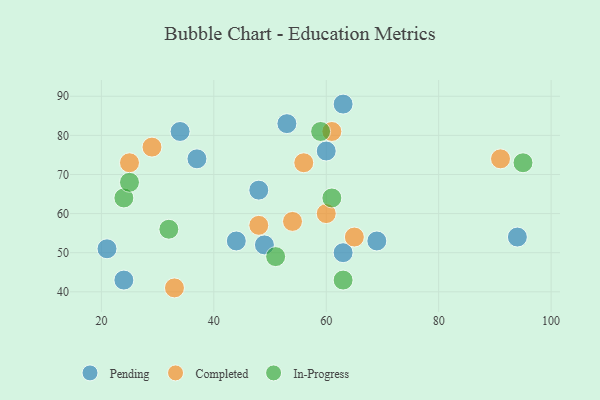
{"axis": {"x": "GDP", "y": "Life Expectancy"}, "legend": ["Completed", "In-Progress", "Pending"], "data": [{"x": "44", "y": 53, "type": "Pending"}, {"x": "53", "y": 83, "type": "Pending"}, {"x": "34", "y": 81, "type": "Pending"}, {"x": "48", "y": 66, "type": "Pending"}, {"x": "94", "y": 54, "type": "Pending"}, {"x": "63", "y": 50, "type": "Pending"}, {"x": "49", "y": 52, "type": "Pending"}, {"x": "60", "y": 76, "type": "Pending"}, {"x": "24", "y": 43, "type": "Pending"}, {"x": "69", "y": 53, "type": "Pending"}, {"x": "63", "y": 88, "type": "Pending"}, {"x": "21", "y": 51, "type": "Pending"}, {"x": "37", "y": 74, "type": "Pending"}, {"x": "33", "y": 41, "type": "Completed"}, {"x": "65", "y": 54, "type": "Completed"}, {"x": "91", "y": 74, "type": "Completed"}, {"x": "54", "y": 58, "type": "Completed"}, {"x": "61", "y": 81, "type": "Completed"}, {"x": "56", "y": 73, "type": "Completed"}, {"x": "60", "y": 60, "type": "Completed"}, {"x": "48", "y": 57, "type": "Completed"}, {"x": "29", "y": 77, "type": "Completed"}, {"x": "25", "y": 73, "type": "Completed"}, {"x": "59", "y": 81, "type": "In-Progress"}, {"x": "24", "y": 64, "type": "In-Progress"}, {"x": "32", "y": 56, "type": "In-Progress"}, {"x": "95", "y": 73, "type": "In-Progress"}, {"x": "51", "y": 49, "type": "In-Progress"}, {"x": "61", "y": 64, "type": "In-Progress"}, {"x": "25", "y": 68, "type": "In-Progress"}, {"x": "63", "y": 43, "type": "In-Progress"}]}